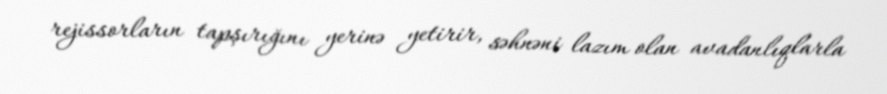
rejissorların tapşırığını yerinə yetirir, səhnəni lazım olan avadanlıqlarla